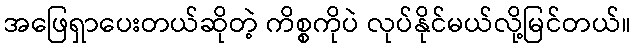
အဖြေရှာပေးတယ်ဆိုတဲ့ ကိစ္စကိုပဲ လုပ်နိုင်မယ်လို့မြင်တယ်။